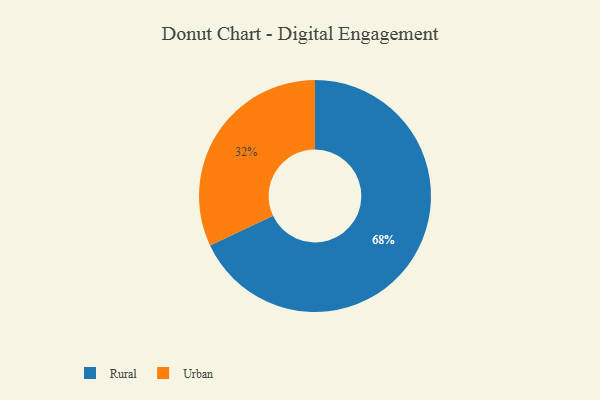
{"axis": {"x": "Category", "y": "Percentage"}, "legend": ["Rural", "Urban"], "data": [{"x": "Rural", "y": 68, "type": "Rural"}, {"x": "Urban", "y": 32, "type": "Urban"}]}